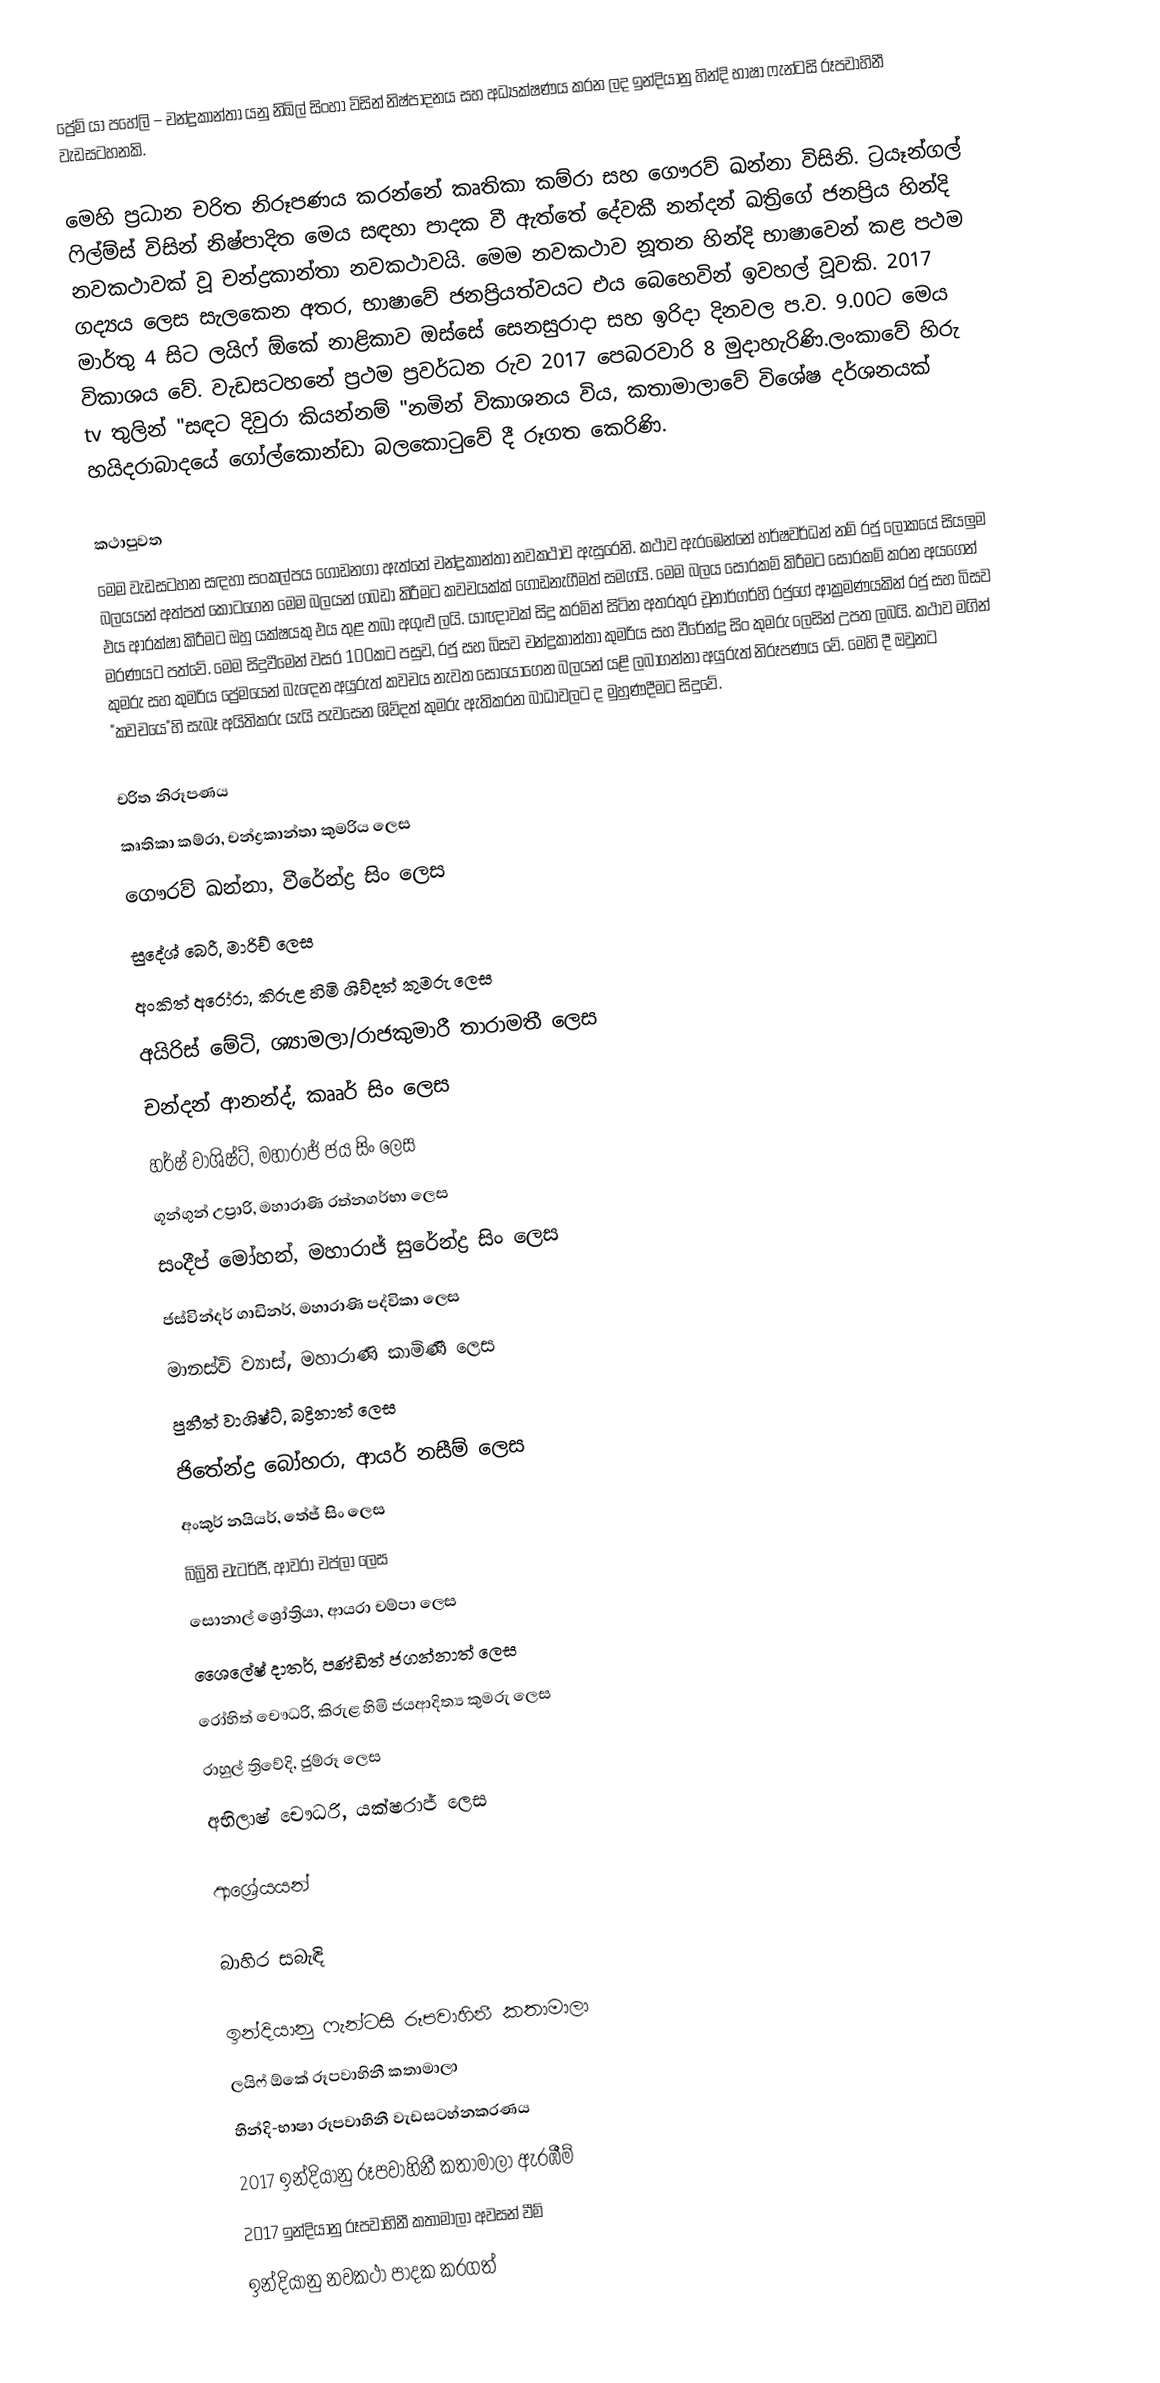
ප්‍රේම් යා පහේලි – චන්ද්‍රකාන්තා යනු නිඛිල් සිංහා විසින් නිෂ්පාදනය සහ අධ්‍යක්ෂණය කරන ලද ඉන්දියානු හින්දි භාෂා ෆැන්ටසි රූපවාහිනී වැඩසටහනකි.

මෙහි ප්‍රධාන චරිත නිරූපණය කරන්නේ කෘතිකා කම්රා සහ ගෞරව් ඛන්නා විසිනි. ට්‍රයෑන්ගල් ෆිල්ම්ස් විසින් නිෂ්පාදිත මෙය සඳහා පාදක වී ඇත්තේ දේවකී නන්දන් ඛත්‍රිගේ ජනප්‍රිය හින්දි නවකථාවක් වූ චන්ද්‍රකාන්තා නවකථාවයි. මෙම නවකථාව නූතන හින්දි භාෂාවෙන් කළ පථම ගද්‍යය ලෙස සැලකෙන අතර, භාෂාවේ ජනප්‍රියත්වයට එය බෙහෙවින් ඉවහල් වූවකි. 2017 මාර්තු 4 සිට ලයිෆ් ඕකේ නාළිකාව ඔස්සේ සෙනසුරාදා සහ ඉරිදා දිනවල ප.ව. 9.00ට මෙය විකාශය වේ. වැඩසටහනේ ප්‍රථම ප්‍රවර්ධන රුව 2017 පෙබරවාරි 8 මුදාහැරිණි.ලංකාවේ හිරු tv තුලින් "සඳට දිවුරා කියන්නම් "නමින් විකාශනය විය, කතාමාලාවේ විශේෂ දර්ශනයක් හයිදරාබාදයේ ගෝල්කොන්ඩා බලකොටුවේ දී රූගත‍ කෙරිණි.

කථාපුවත
මෙම වැඩසටහන සඳහා සංකල්පය ගොඩනගා ඇත්තේ චන්ද්‍රකාන්තා නවකථාව ඇසුරෙනි. කථාව ඇරඹෙන්නේ හර්ෂවර්ධන් නම් රජු ලෝකයේ සියලුම බලයයන් අත්පත් කොටගෙන මෙම බලයන් ගබඩා කිරීමට කවචයක්ක් ගොඩනැගීමත් සමගයි. මෙම බලය සොරකම් කිරීමට සොරකම් කරන අයගෙන් එය ආරක්ෂා කිරීමට ඔහු යක්ෂයකු එය තුළ තබා අගුළු ලයි. යාඥාවක් සිදු කරමින් සිටින අතරතුර චූනාර්ගර්හි රජුගේ ආක්‍රමණයකින් රජු සහ බිසව මරණයට පත්වේ. මෙම සිදුවීමෙන් වසර 100කට පසුව, රජු සහ බිසව චන්ද්‍රකාන්තා කුමරිය සහ වීරේන්ද්‍ර සිං කුමරු ලෙසින් උපත ලබයි. කථාව මගින් කුමරු සහ කුමරිය ප්‍රේමයෙන් බැ‍ඳෙන අයුරුත් කවචය නැවත සොයොගෙන බලයන් යළි ලබාගන්නා අයුරුත් නිරූපණය වේ. මෙහි දී ඔවුනට "කවචයෙ"හි සැබෑ අයිතිකරු යැයි පැවසෙන ශිව්දත් කුමරු ඇතිකරන බාධාවලට ද මුහුණදීමට සිදුවේ.

චරිත නිරූපණය
 කෘතිකා කම්රා, චන්ද්‍රකාන්තා කුමරිය ලෙස
 ගෞරව් ඛන්නා, වීරේන්ද්‍ර සිං ලෙස
 සුදේශ් බෙරී, මාරිච් ලෙස
 අංකිත් අරෝරා, කිරුළ හිමි ශිව්දත් කුමරු ලෙස
 අයිරිස් මේටි, ශ්‍යාමලා/රාජකුමාරී තාරාමතී ලෙස
 චන්දන් ආනන්ද්, කෲර් සිං ලෙස
 හර්ෂ් වාශිෂ්ට්, මහාරාජ් ජය සිං ලෙස
 ගූන්ගුන් උප්‍රාරි, මහාරාණි රත්නගර්භා ලෙස
 සංදීප් මෝහන්, මහාරාජ් සුරේන්ද්‍ර සිං ලෙස
 ජස්වින්දර් ගාඩිනර්, මහාරාණි පද්විකා ලෙස
 මානස්වි ව්‍යාස්, මහාරාණි කාමිණී ලෙස
 පුනීත් වාශිෂ්ට්, බද්‍රිනාත් ලෙස
 ජිතේන්ද්‍ර බෝහරා, ආයර් නසීම් ලෙස
අංකුර් නයියර්, තේජ් සිං ලෙස
 බිබ්‍රිති චැටර්ජී, ආවරා චප්ලා ලෙස
 සොනාල් ශ්‍රෝත්‍රියා, ආයරා චම්පා ලෙස
 ‍ශෛලේෂ් දාතර්, පණ්ඩිත් ජගන්නාත් ලෙස
 රෝහිත් චෞධරි, කිරුළ හිමි ජයආදිත්‍ය කුමරු ලෙස
 රාහුල් ත්‍රිවේදි, ජුම්රූ ලෙස
 අභිලාෂ් චෞධරි, යක්ෂරාජ් ලෙස

ආශ්‍රේයයන්

බාහිර සබැඳි

ඉන්දියානු ෆැන්ටසි රූපවාහිනී කතාමාලා
ලයිෆ් ඕකේ රූපවාහිනී කතාමාලා
හින්දි-භාෂා රූපවාහිනී වැඩසටහ්නකරණය
2017 ඉන්දියානු රූපවාහිනී කතාමාලා ඇරඹීම්
2017 ඉන්දියානු රූපවාහිනී කතාමාලා අවසන් වීම්
ඉන්දියානු නවකථා පාදක කරගත්